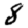
Digit: 8